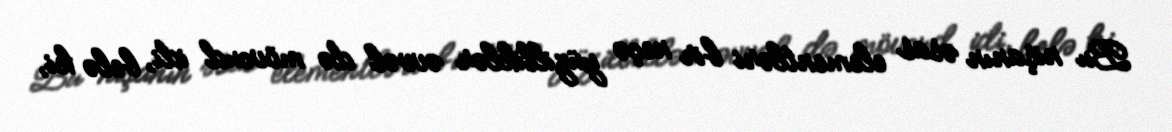
Bu nişanın əsas elementləri bir neçə yüzilliklər əvvəl də mövcud idi, belə ki,